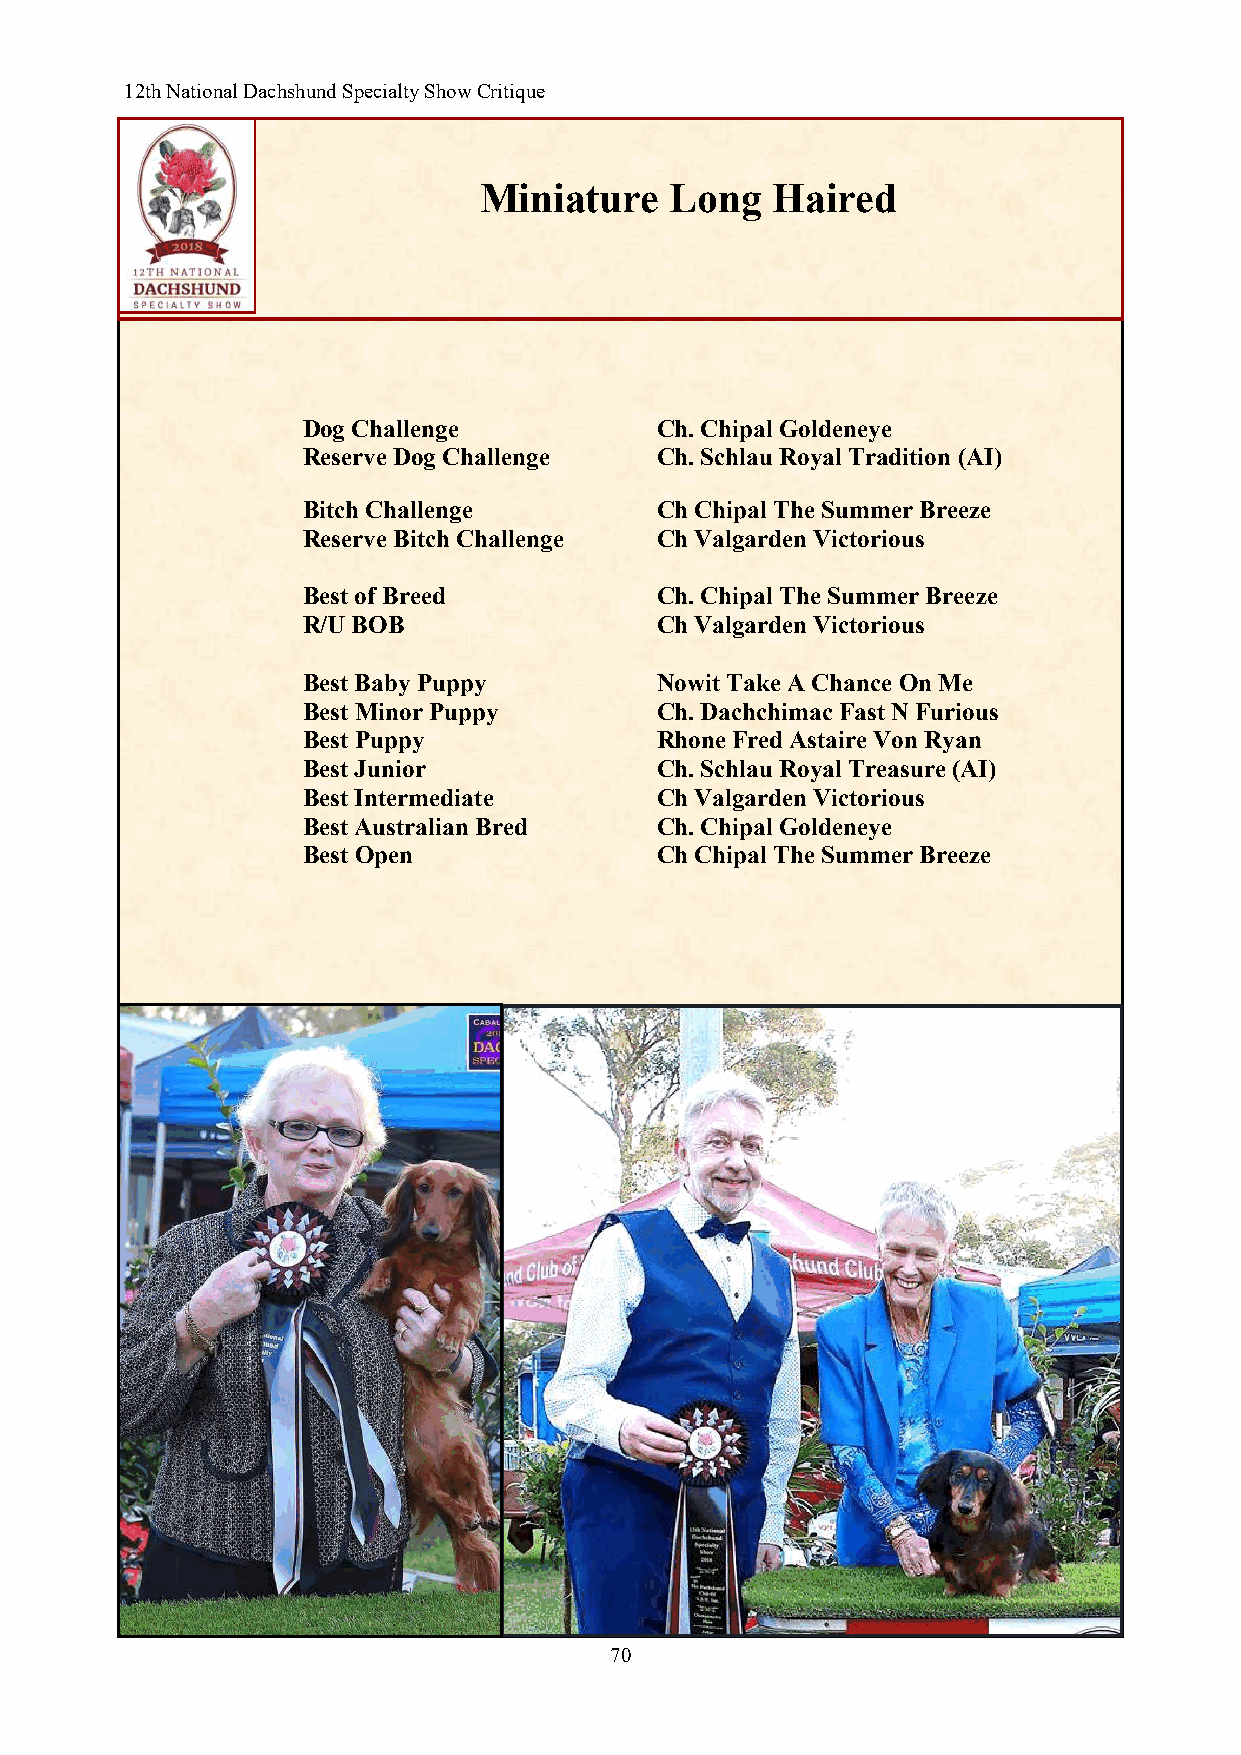
12th National Dachshund Specialty Show Critique
 Miniature   Long   Haired
 Dog Challenge          Ch. Chipal Goldeneye
 Reserve Dog Challenge  Ch. Schlau Royal Tradition (AI)
 Bitch Challenge        Ch Chipal The Summer Breeze
 Reserve Bitch Challenge Ch Valgarden Victorious
 Best of Breed          Ch. Chipal The Summer Breeze
 R/U BOB                Ch Valgarden Victorious
 Best Baby Puppy        Nowit Take A Chance On Me
 Best Minor Puppy       Ch. Dachchimac Fast N Furious
 Best Puppy             Rhone Fred Astaire Von Ryan
 Best Junior            Ch. Schlau Royal Treasure (AI)
 Best Intermediate      Ch Valgarden Victorious
 Best Australian Bred   Ch. Chipal Goldeneye
 Best Open              Ch Chipal The Summer Breeze
 70